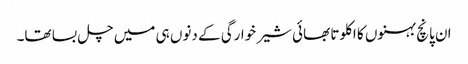
ان پانچ بہنوں کا اکلوتا بھائی شیر خوارگی کے دنوں ہی میں چل بسا تھا۔